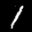
Label: 1